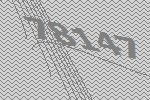
78147